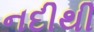
નદીથી